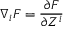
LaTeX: \nabla _ { i } F = { \frac { \partial F } { \partial Z ^ { i } } }